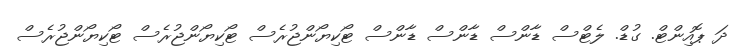
ދަ ޕޮއިންޓް. ގުޑް. ލެޓްސް ޑާންސް ޑާންސް ޑާންސް ޓޯކިޔޯންޖުރެސް ޓޯކިޔޯންޖުރެސް ޓޯކިޔޯންޖުރެސް